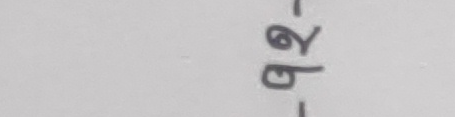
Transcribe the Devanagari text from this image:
२ब